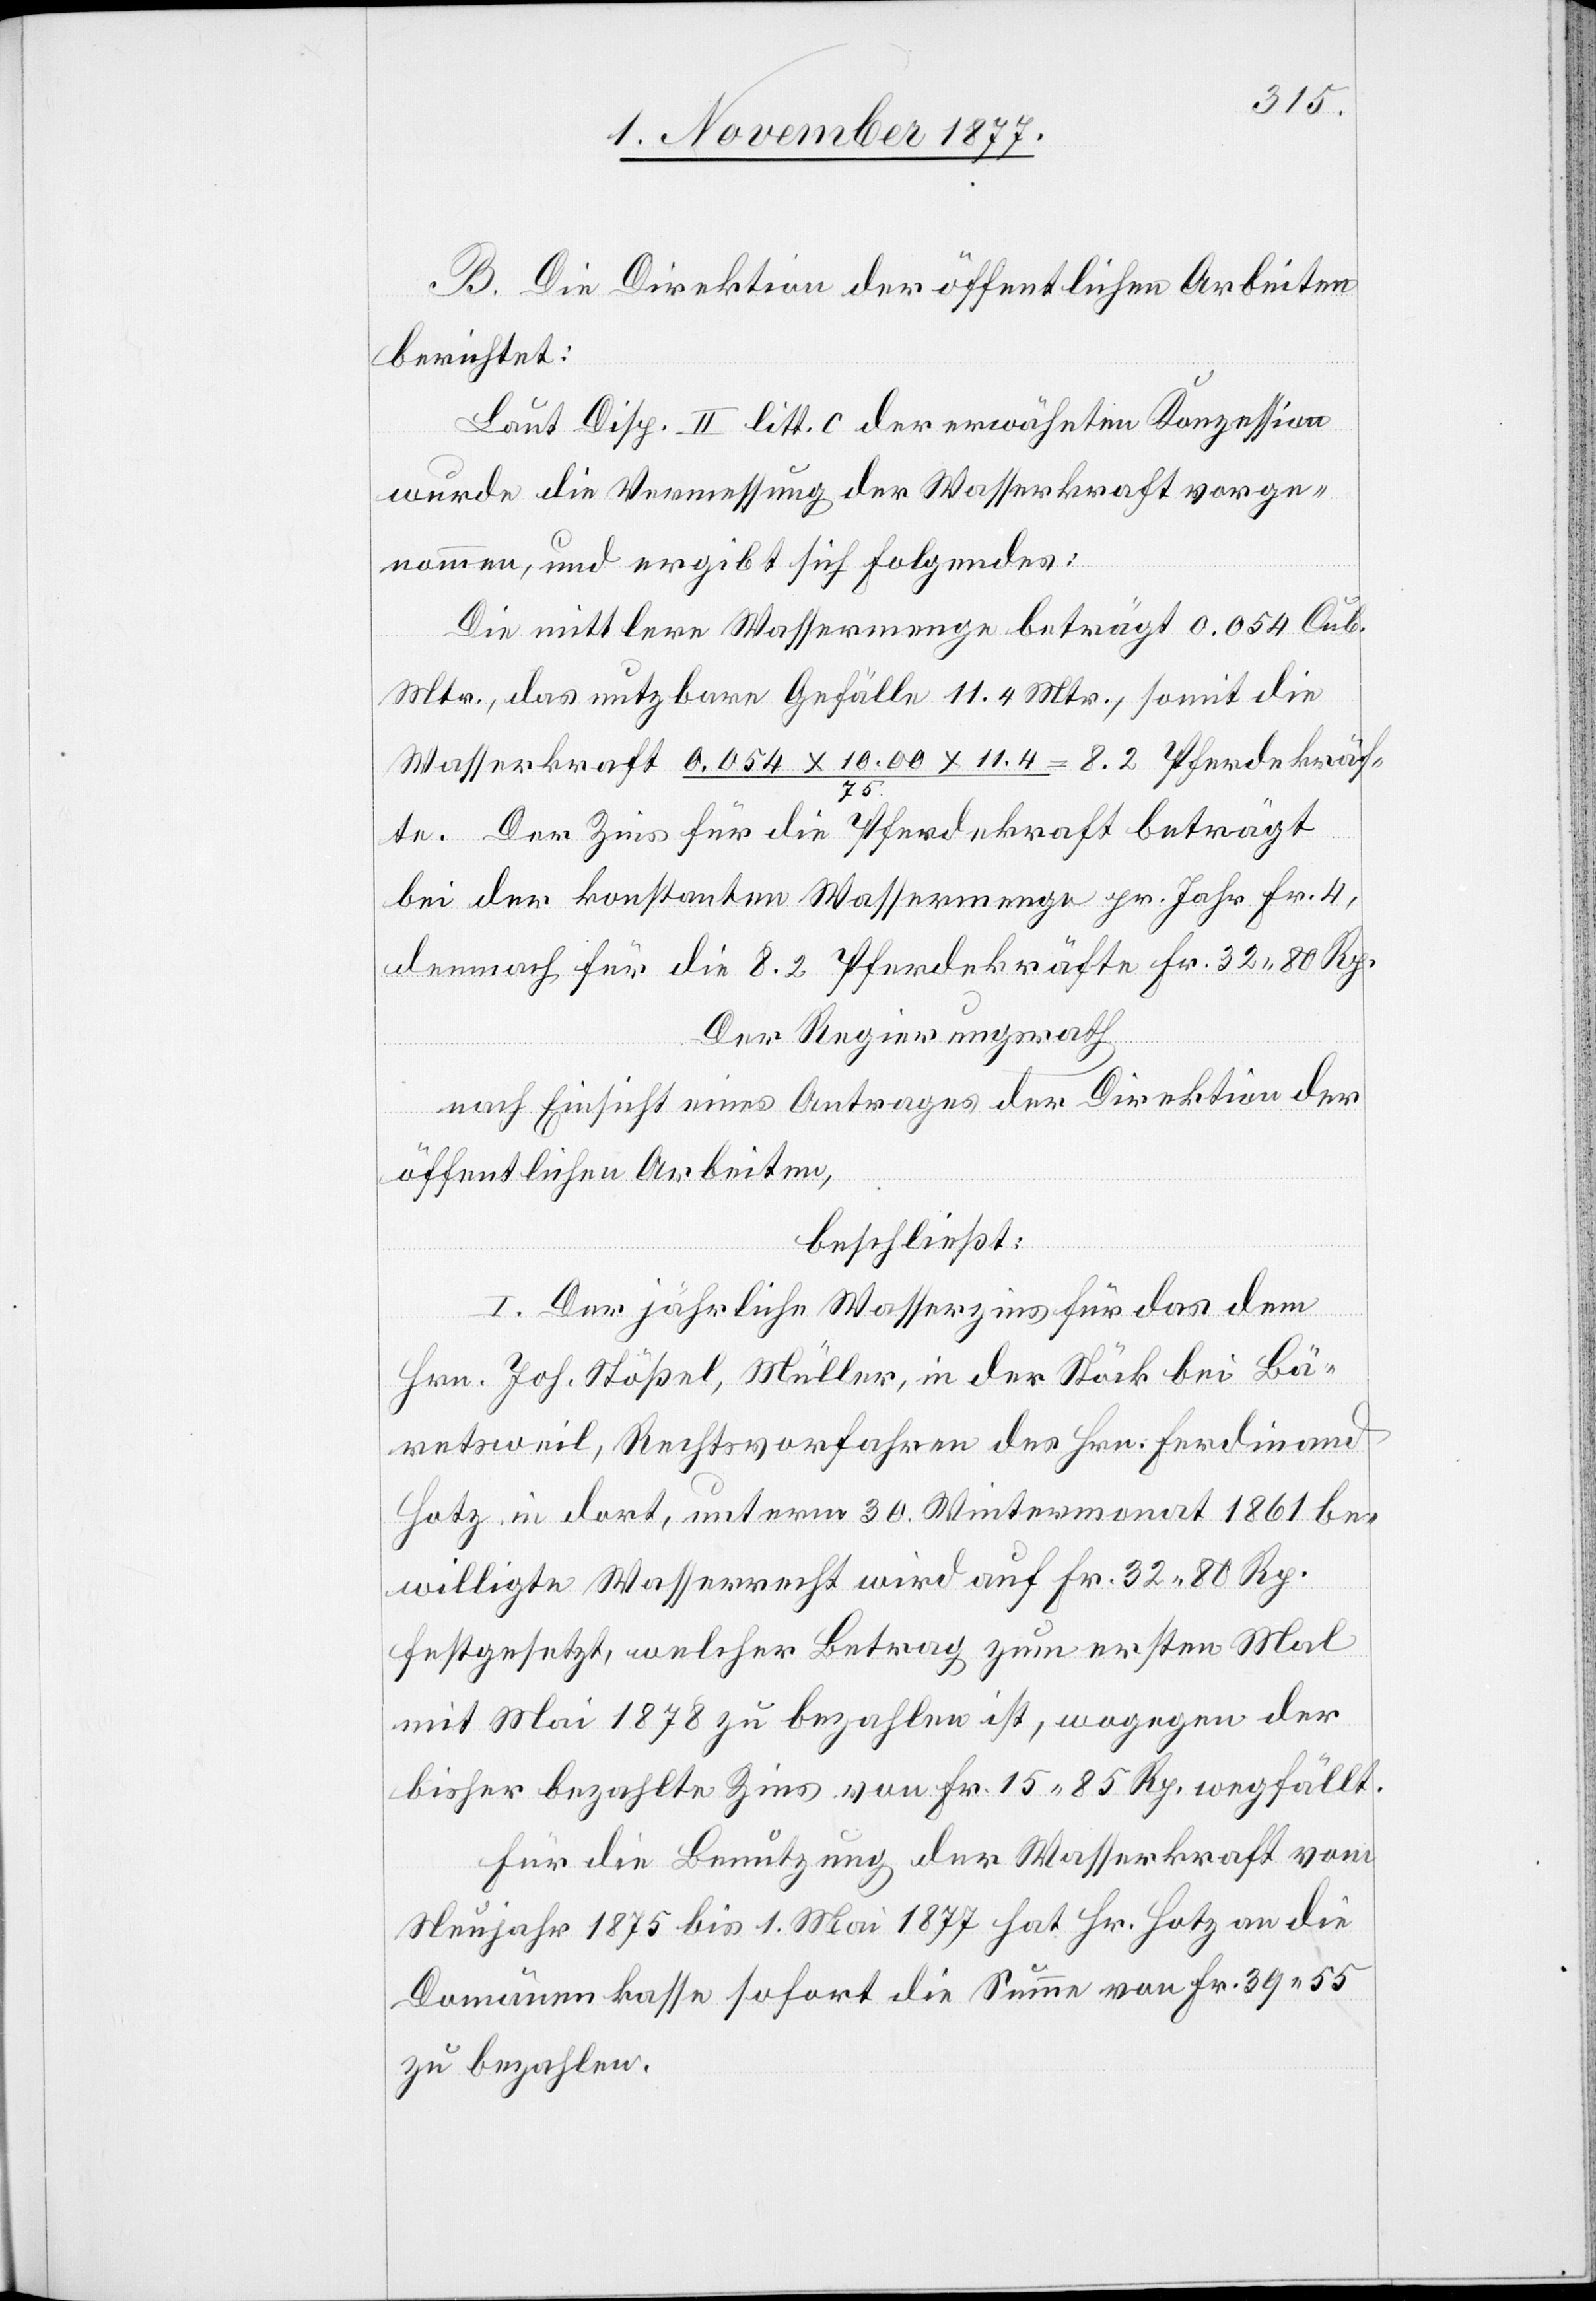
B. Die Direktion der öffentlichen Arbeiten
berichtet:
Laut Disp. II litt. c der erwähnten Konzession
wurde die Vermessung der Wasserkraft vorge¬
nommen, und ergibt sich Folgendes:
Die mittlere Wassermenge beträgt 0.054 Cub.
Mtr., das nutzbare Gefälle 11.4 Mtr., somit die
Wasserkraft 0.054 x 10.00 x 11.4 / 75. = 8.2 Pferdekräf¬
te. Der Zins für die Pferdekraft beträgt
bei der konstanten Wassermenge pr. Jahr Fr. 4,
demnach für die 8.2 Pferdekräfte Fr. 32 80 Rp.
Der Regierungsrath
nach Einsicht eines Antrages der Direktion der
öffentlichen Arbeiten,
beschließt:
I. Der jährliche Wasserzins für das dem
Hrn. Joh. Stößel, Müller, in der Stöck bei Bä¬
retsweil, Rechtsvorfahren des Hrn. Ferdinand
Hotz, in dort, unterm 30. Wintermonat 1861 be¬
willigte Wasserrecht wird auf Fr. 32 80 Rp.
festgesetzt, welcher Betrag zum ersten Mal
mit Mai 1878 zu bezahlen ist, wogegen der
bisher bezahlte Zins von Fr. 15 85 Rp. wegfällt.
Für die Benutzung der Wasserkraft vom
Neujahr 1875 bis 1. Mai 1877 hat Hr. Hotz an die
Domänenkasse sofort die Summe von Fr. 39 55
zu bezahlen.